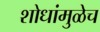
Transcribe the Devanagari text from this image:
शोधांमुळेच